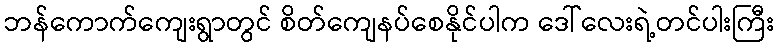
ဘန်ကောက်ကျေးရွာတွင် စိတ်ကျေနပ်စေနိုင်ပါက ဒေါ်လေးရဲ့တင်ပါးကြီး